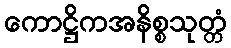
ကောဋ္ဌိကအနိစ္စသုတ္တံ